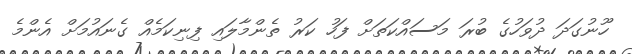
ހޫނުގަދަ ދުވަހުގެ ބުރަ މަސައްކަތަށް ފަހު ކަރު ތެންމާލައި ފިނިކަމެއް ގެނައުމަށް އެންމެ